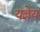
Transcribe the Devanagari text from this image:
यज्ञेय